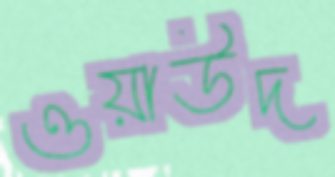
ওয়াউদ